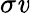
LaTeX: \sigma{}\mathit{v}